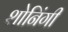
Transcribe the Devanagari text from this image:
शोनिंगी